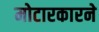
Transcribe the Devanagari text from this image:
मोटारकारने